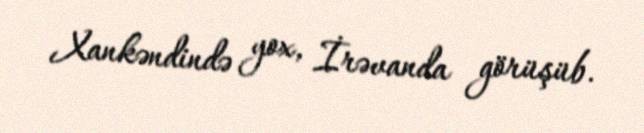
Xankəndində yox, İrəvanda görüşüb.